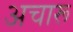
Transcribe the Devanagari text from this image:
अचारू